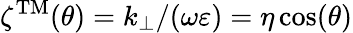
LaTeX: \zeta^{\mathrm{TM}}(\theta)=k_{\perp}/(\omega\varepsilon)=\eta\cos(\theta)